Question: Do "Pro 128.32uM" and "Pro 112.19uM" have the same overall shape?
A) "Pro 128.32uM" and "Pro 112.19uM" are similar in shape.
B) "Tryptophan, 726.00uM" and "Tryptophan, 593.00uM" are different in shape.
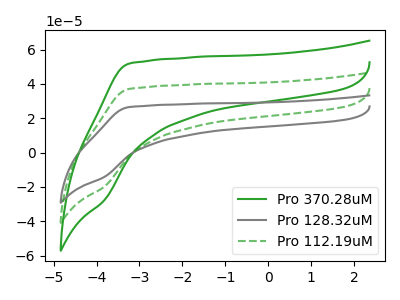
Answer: <think>The green curve "Pro 370.28uM" has no peaks. The gray curve "Pro 128.32uM" has no peaks. The green dashed curve "Pro 112.19uM" has no peaks.
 Neither "Pro 128.32uM" or "Pro 112.19uM" have any peaks.</think>
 <answer>A) "Pro 128.32uM" and "Pro 112.19uM" are similar in shape.</answer>
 <eval>A</eval>